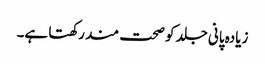
زیادہ پانی جلد کو صحت مند رکھتا ہے۔